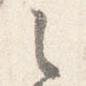
之